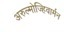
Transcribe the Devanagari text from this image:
अरुल्मोज्हिवार्मन